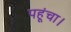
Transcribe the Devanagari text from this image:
पहूंचा।